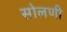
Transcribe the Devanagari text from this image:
सोलणी